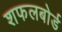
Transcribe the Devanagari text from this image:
शफलबोर्ड